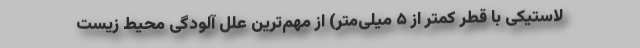
لاستیکی با قطر کمتر از ۵ میلی‌متر) از مهم‌ترین علل آلودگی محیط زیست